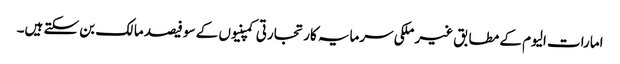
امارات الیوم کے مطابق غیر ملکی سرمایہ کار تجارتی کمپنیوں کے سو فیصد مالک بن سکتے ہیں۔